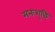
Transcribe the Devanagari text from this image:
मनःशुद्धिं